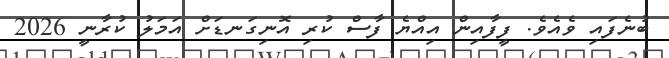
ބުނެފައި ވެއެވެ. ފީފާއިން އިއްޔެ ފާސް ކުރި އޮނިގަނޑަށް އަމަލު ކުރާނީ 2026